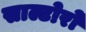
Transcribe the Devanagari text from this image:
साल्टोरो